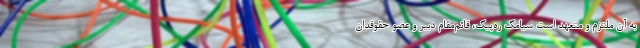
به آن ملتزم و متعهد است سیامک ره‌پیک، قائم‌مقام دبیر و عضو حقوقدان